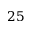
2 5